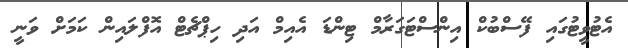
އެޓުވީޓުގައި ފޭސްބުކް އިންސްޓަގަރާމް ޓިންޑަ އެއިމް އަދި ހިޕްޗެޓް އޮފްލައިން ކަމަށް ވަނީ